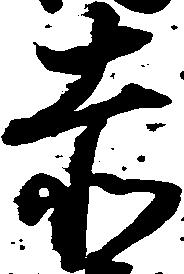
赤